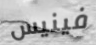
فينيس